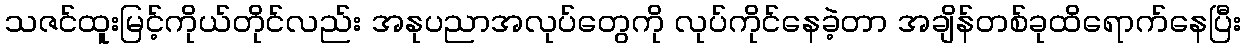
သဇင်ထူးမြင့်ကိုယ်တိုင်လည်း အနုပညာအလုပ်တွေကို လုပ်ကိုင်နေခဲ့တာ အချိန်တစ်ခုထိရောက်နေပြီး